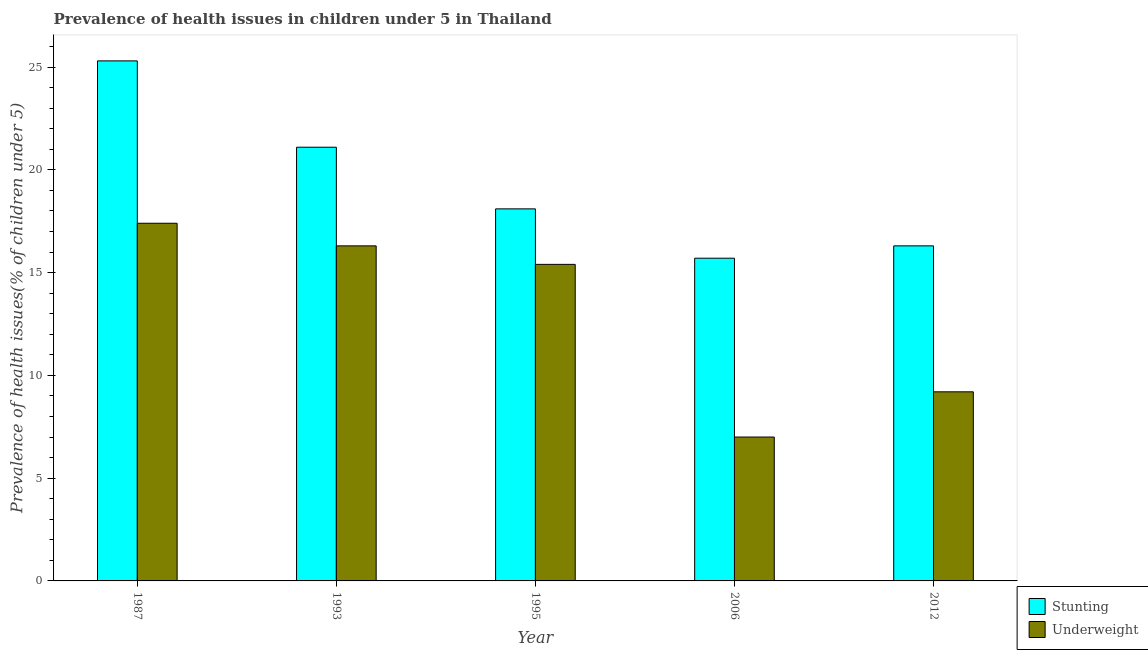
| Year | Stunting | Underweight |
 | --- | --- | --- |
 | 1987 | 25.3 | 17.4 |
 | 1993 | 21.1 | 16.3 |
 | 1995 | 18.1 | 15.4 |
 | 2006 | 15.7 | 7 |
 | 2012 | 16.3 | 9.2 |